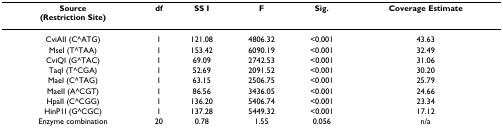
<table><thead><tr><td><b>Source(Restriction Site)</b></td><td><b>df</b></td><td><b>SS I</b></td><td><b>F</b></td><td><b>Sig.</b></td><td><b>Coverage Estimate</b></td></tr></thead><tbody><tr><td>CviAII (C^ATG)</td><td>1</td><td>121.08</td><td>4806.32</td><td>&lt;0.001</td><td>43.63</td></tr><tr><td>MseI (T^TAA)</td><td>1</td><td>153.42</td><td>6090.19</td><td>&lt;0.001</td><td>32.49</td></tr><tr><td>CviQI (G^TAC)</td><td>1</td><td>69.09</td><td>2742.53</td><td>&lt;0.001</td><td>31.06</td></tr><tr><td>TaqI (T^CGA)</td><td>1</td><td>52.69</td><td>2091.52</td><td>&lt;0.001</td><td>30.20</td></tr><tr><td>MaeI (C^TAG)</td><td>1</td><td>63.15</td><td>2506.75</td><td>&lt;0.001</td><td>25.79</td></tr><tr><td>MaeII (A^CGT)</td><td>1</td><td>86.56</td><td>3436.05</td><td>&lt;0.001</td><td>24.66</td></tr><tr><td>HpaII (C^CGG)</td><td>1</td><td>136.20</td><td>5406.74</td><td>&lt;0.001</td><td>23.34</td></tr><tr><td>HinP1I (G^CGC)</td><td>1</td><td>137.28</td><td>5449.32</td><td>&lt;0.001</td><td>17.12</td></tr><tr><td>Enzyme combination</td><td>20</td><td>0.78</td><td>1.55</td><td>0.056</td><td>n/a</td></tr></tbody></table>